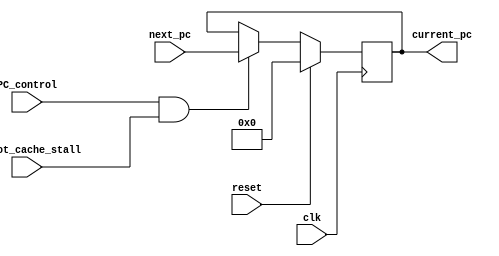
module PC(
    input reset, //Use reset to initialize PC. Initial value must be 0
    input clk,
    input PC_control,
    input [31:0] next_pc,  // input
    input is_not_cache_stall,
    output reg [31:0] current_pc   // output
    );
    
    
    always@(posedge clk) begin
        if(reset) current_pc <= 32'b0;
        else begin
            if (PC_control & is_not_cache_stall ) current_pc <= next_pc;
        end
    end
endmodule